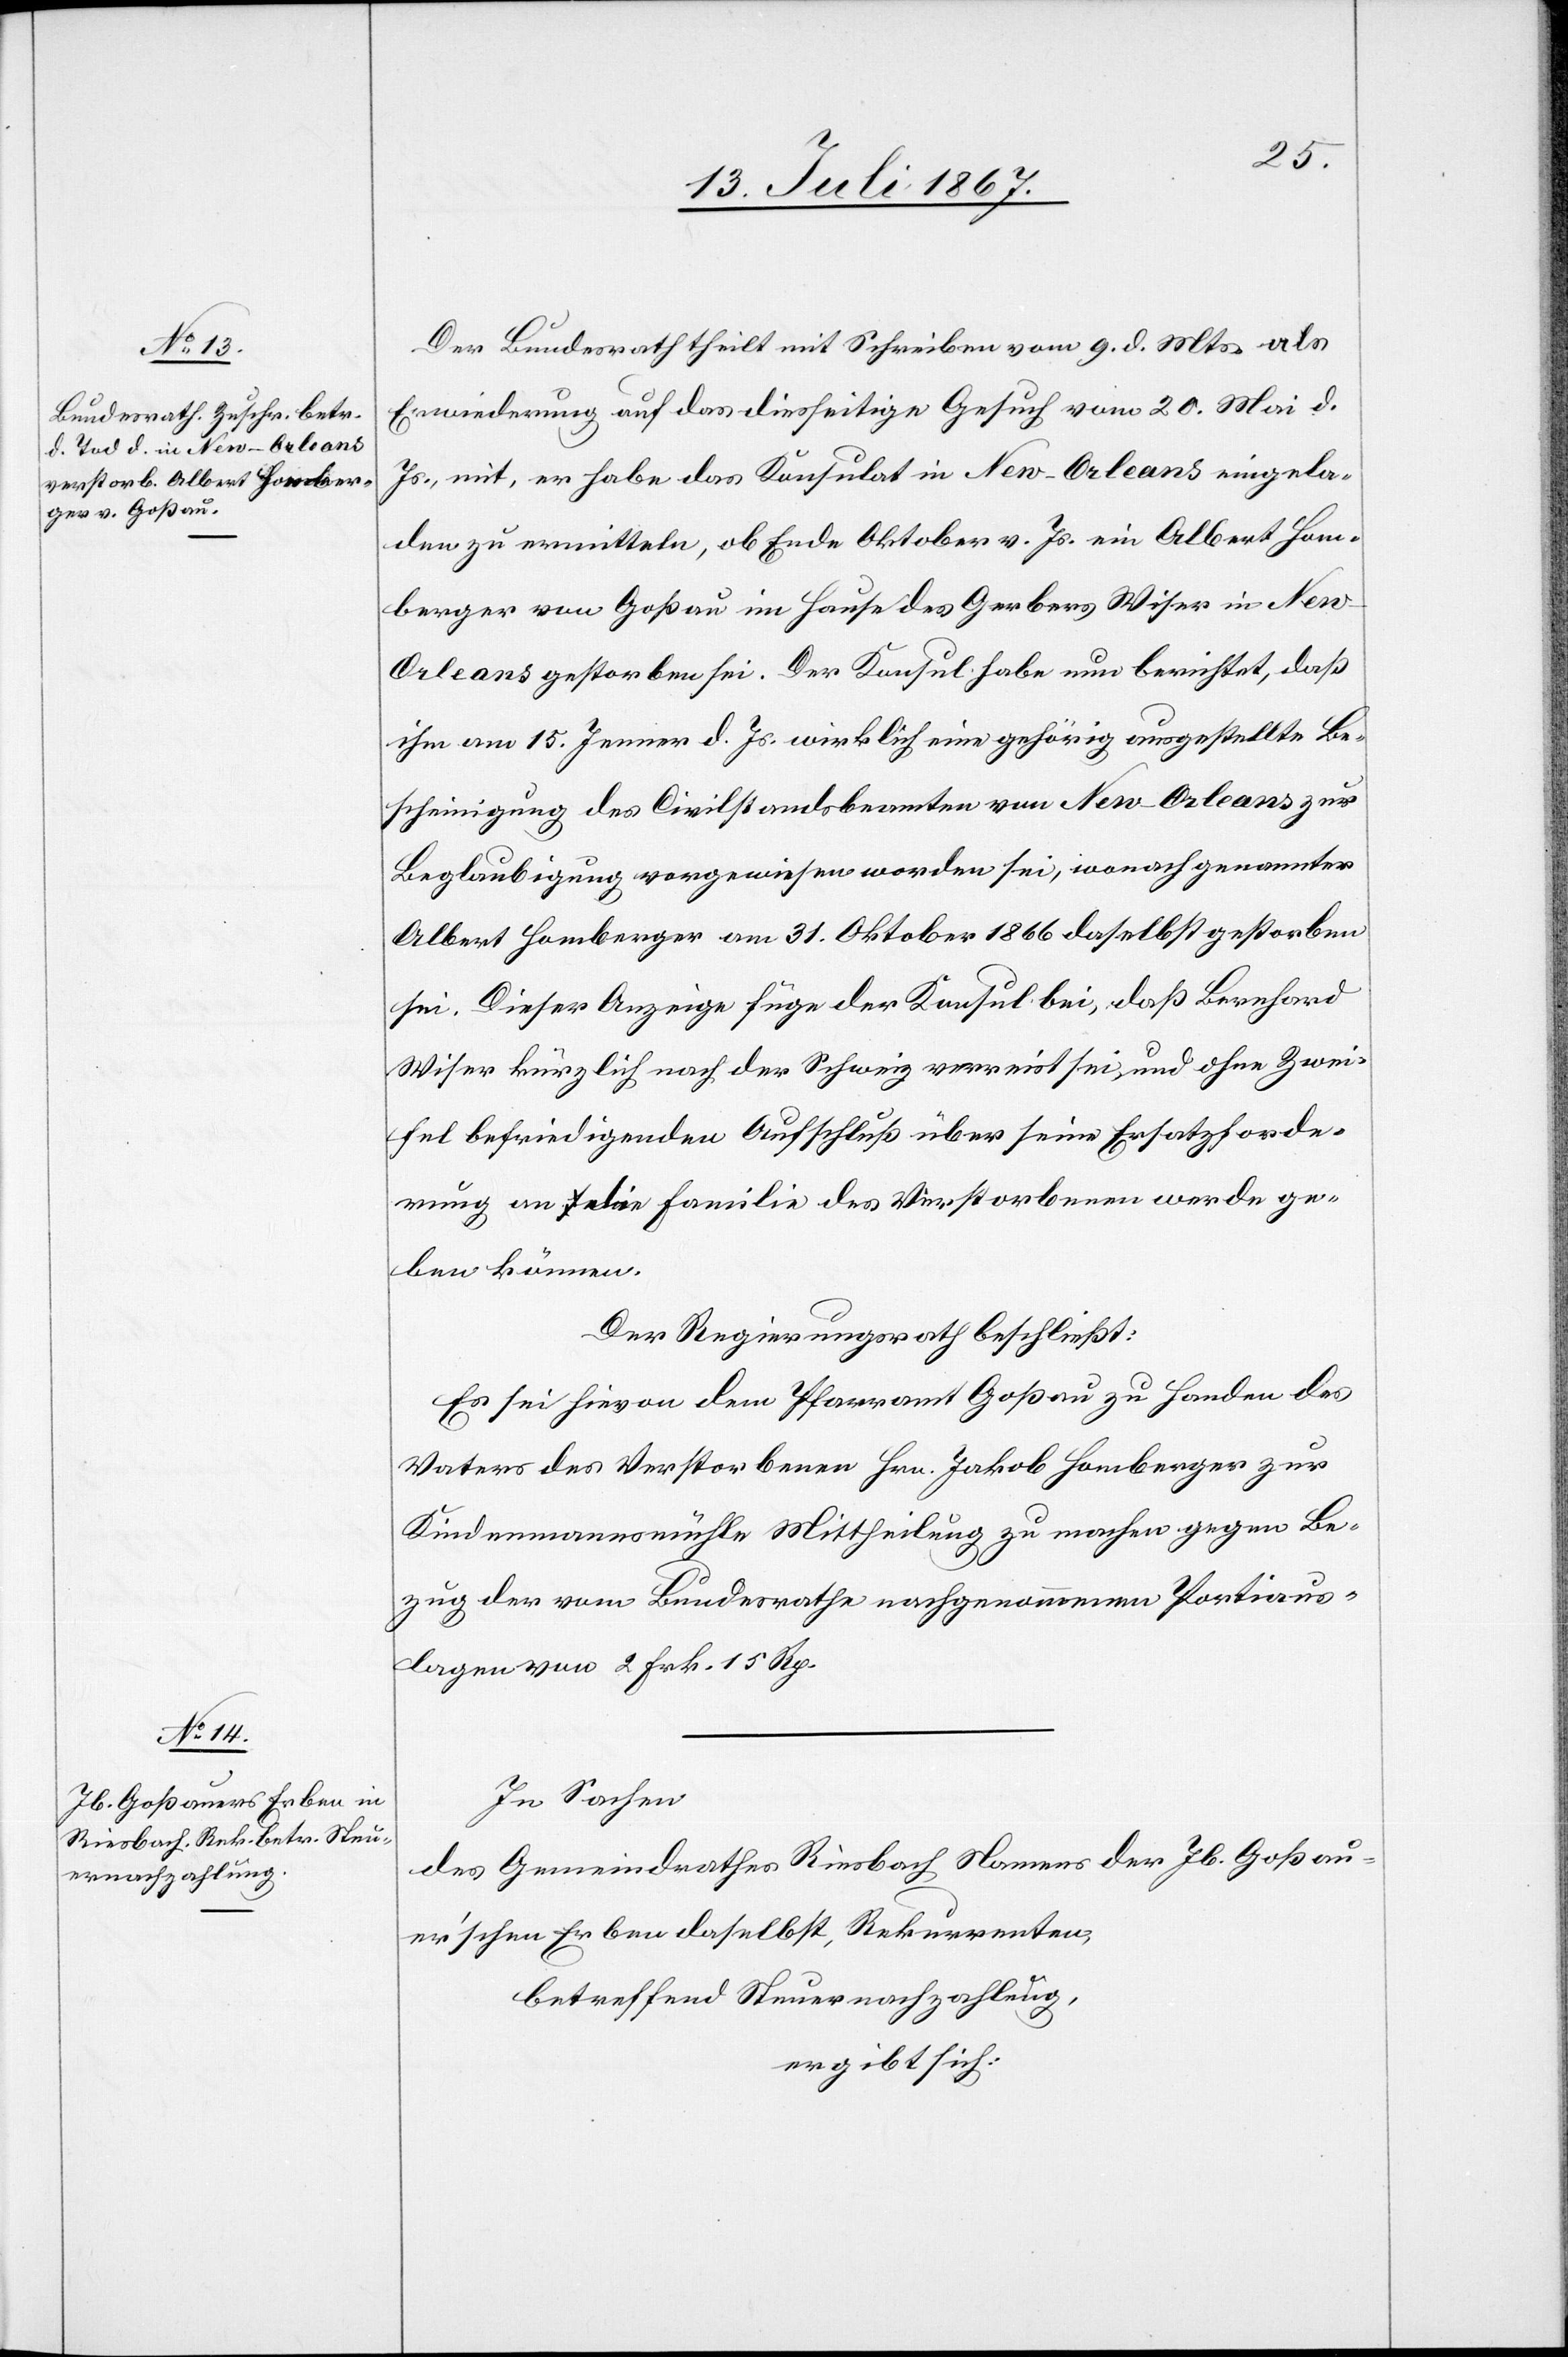
Der Bundesrath theilt mit Schreiben vom 9. d. Mts. als
Erwiederung auf das diesseitige Gesuch vom 20. Mai d.
Js., mit, er habe das Konsulat in New-Orleans eingela¬
den zu ermitteln, ob Ende Oktober v. Js. ein Albert Hom¬
berger von Goßau im Hause des Gerbers Wiser in Ne¬
w-Orleans gestorben sei. Der Konsul habe nun berichtet, daß
ihm am 15. Jenner d. Js. wirklich eine gehörig ausgestellte Be¬
scheinigung des Civilstandsbeamten von New-Orleans zur
Beglaubigung vorgewiesen worden sei, wonach genannter
Albert Homberger am 31. Oktober 1866 daselbst gestorben
sei. Dieser Anzeige füge der Konsul bei, daß Bernhard
Wiser kürzlich nach der Schweiz verreist sei, und ohne Zwei¬
fel befriedigenden Aufschluß über seine Ersatzforde¬
rung an die Familie des Verstorbenen werde ge¬
ben können.
Der Regierungsrath beschließt:
Es sei hievon dem Pfarramt Goßau zu Handen des
Vaters des Verstorbenen Hrn. Jakob Homberger zur
Kindenmannsmühle Mittheilung zu machen gegen Be¬
zug der vom Bundesrathe nachgenommenen Portiaus¬
lagen von 2 Frk. 15 Rp.
In Sachen
des Gemeindrathes Riesbach Namens der Jb. Goßau¬
er’schen Erben daselbst, Rekurrenten,
betreffend Steuernachzahlung,
ergibt sich: